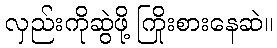
လှည်းကိုဆွဲဖို့ ကြိုးစားနေဆဲ။